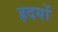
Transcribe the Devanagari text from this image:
ह्रदयों